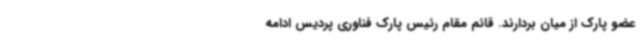
عضو پارک از میان بردارند. قائم‌ مقام رئیس پارک فناوری پردیس ادامه